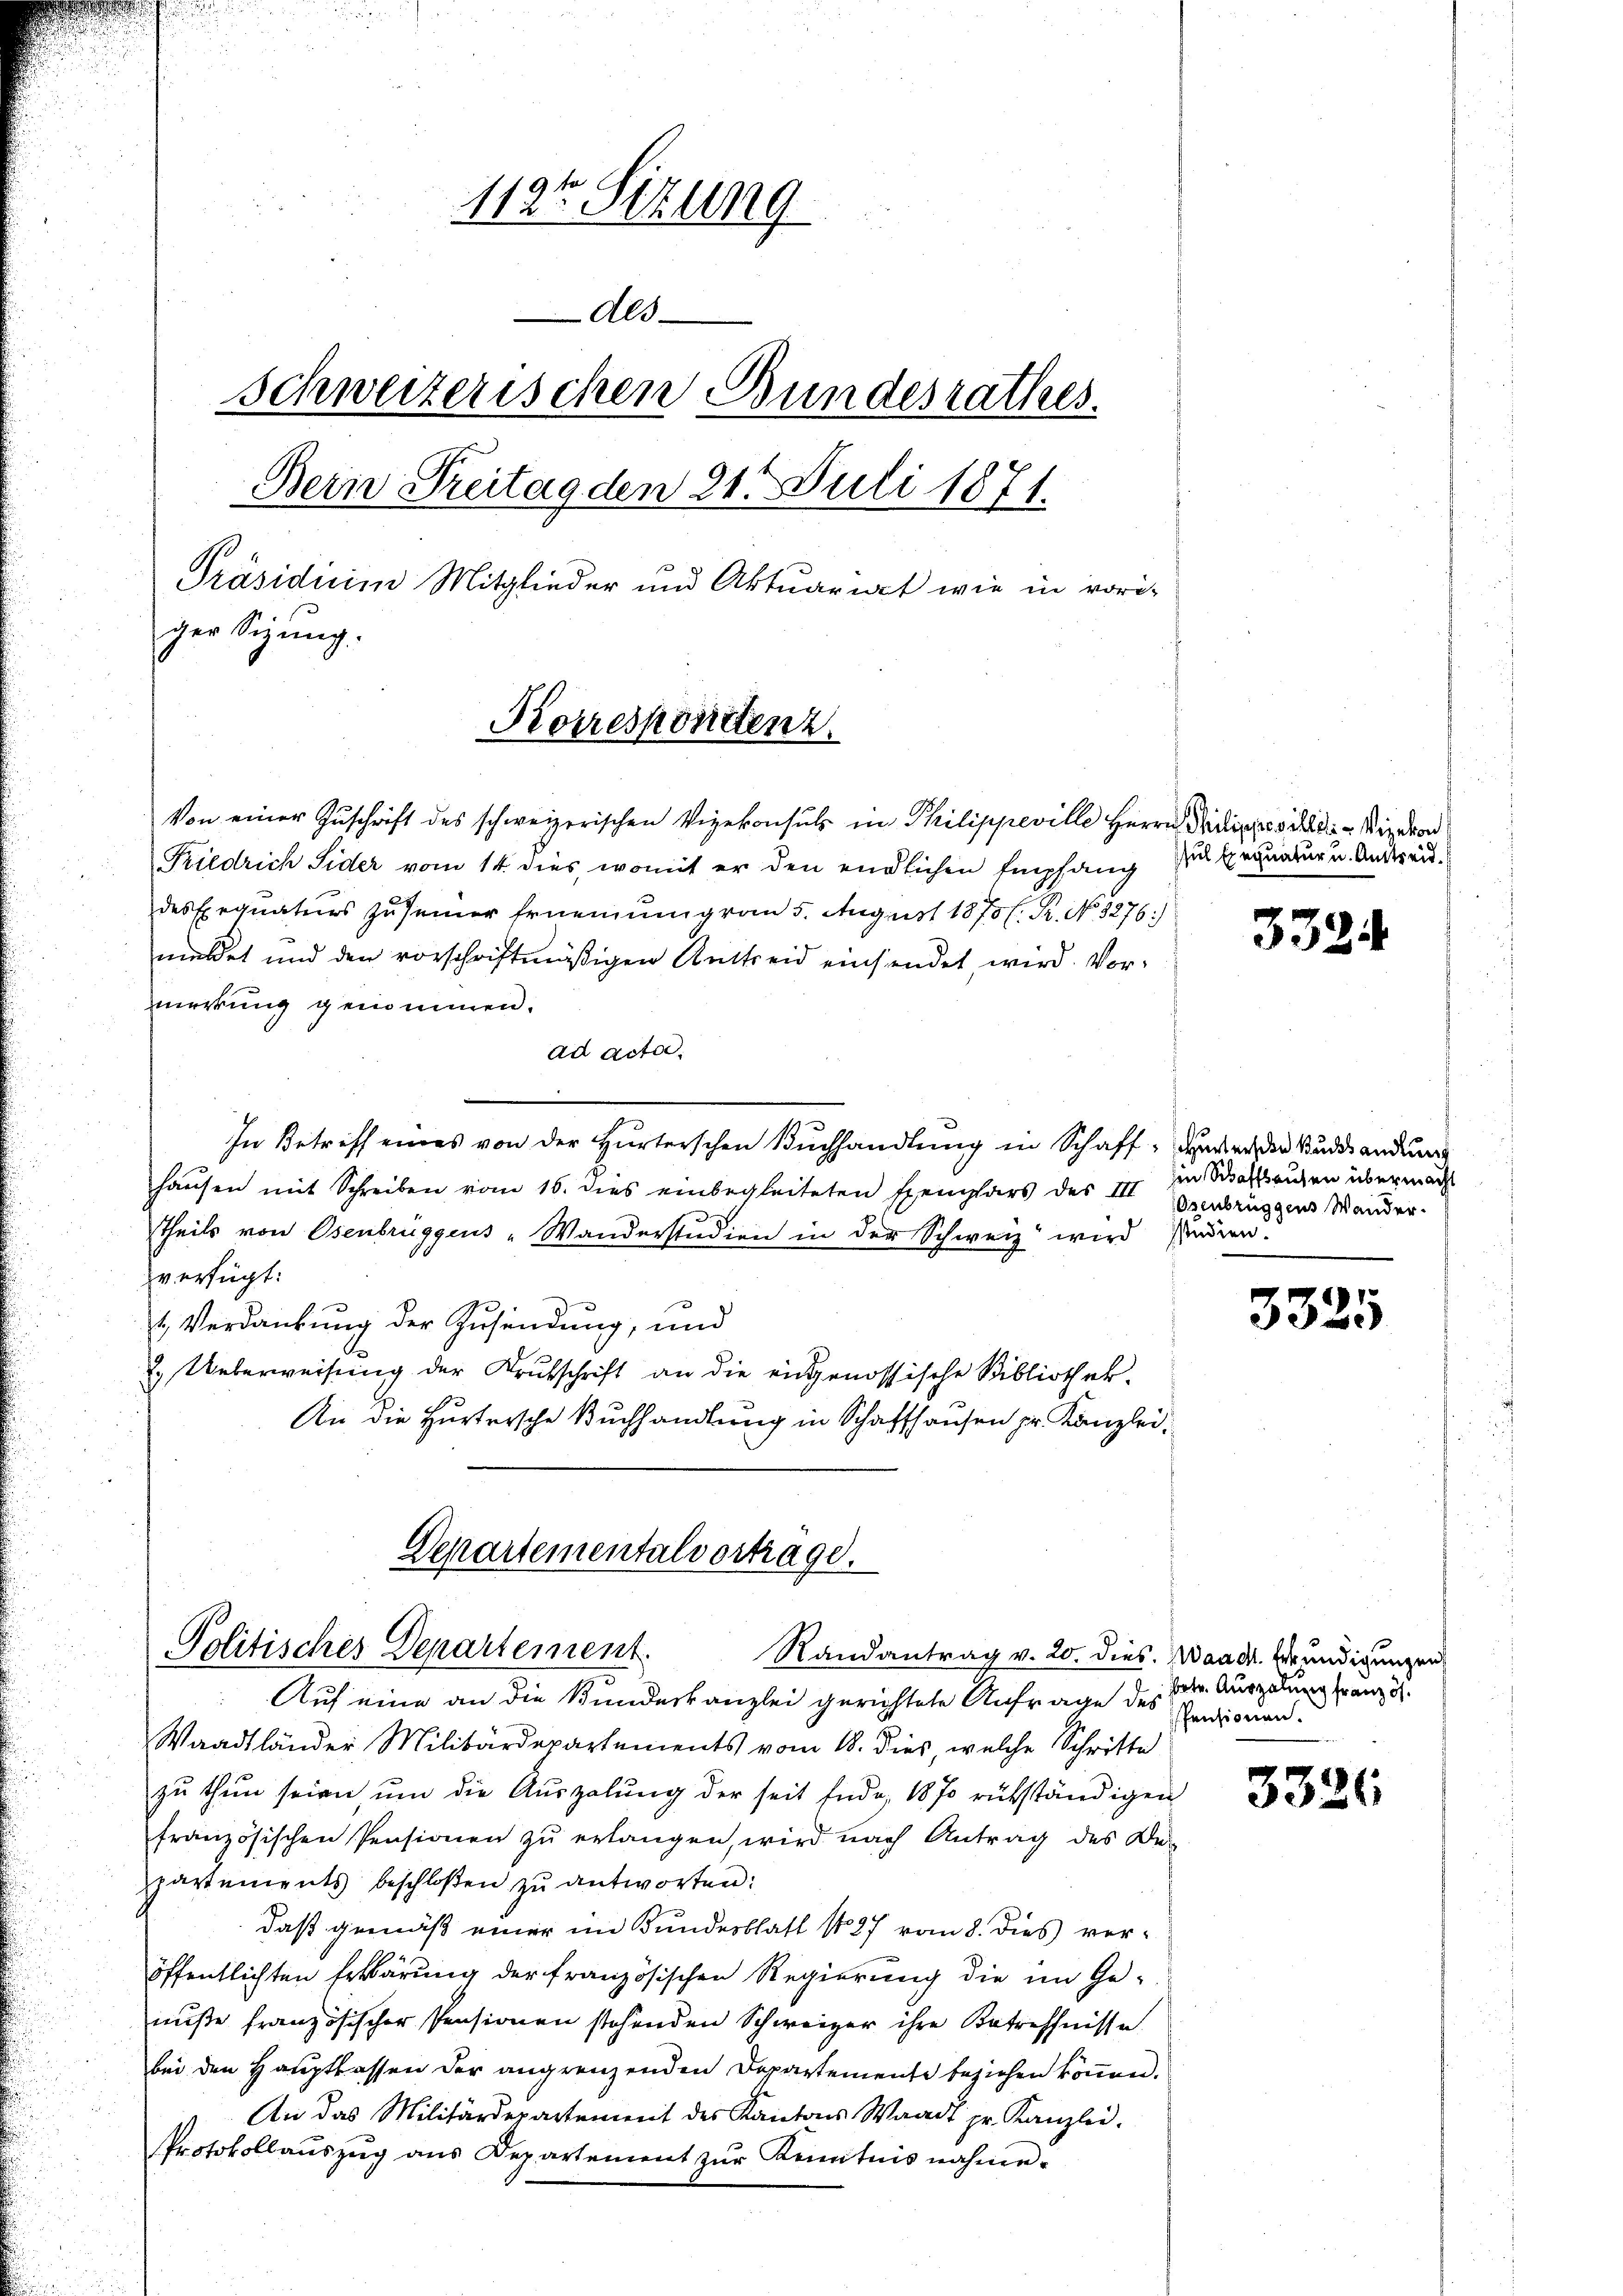
112ten Sizung
Als
Schweizerischen Bundesrathes.
Bern Freitag den 21. Juli 1871.
Präsidium Mitglieder und Aktuariat wie in voriger Sitzung.
Korrespondenz.

Von einer Zŭschrift des schweizerischen Vizekonsul in Philippeville Herrn Preiliches ist die Windon
Friedrich Sider vom 14. dies, womit er den endlichen Empfang zu Exequatur u. Anderen.
des Exequaturs zu seiner Ernennung vom 5. August 1870 l. R. No 1276)
meldet und den vorschriftmäßigen Anttreid einsendet, wird. Vormerkung genommen.
ad Acta.
In Betreff eines von der Hurterschen Buchhandlung in Schaff, der den Suddendung
haŭsen mit Schreiben vom 16. dies einbegleiteten Exempars des III in Scalausen übermacht
Theils von Osenbrüggens-Wanderstudien in der Schweiz wird sinden.
verfügt:
1 Verdankung der Zusendung, und
2. Ueberweisung der Krutschrift an die eingenössische Bibliothek.
An die Hurtersche Buchhandlung in Schaffhausen pr. Kanzlei-

Departementalvortrage.
Politisches Departement.
Randantrag v. 20. dies. Waadt. Erkundigungen

Auf eine an die Bundeskanzlei gerichtete Anfrage des Indicuen-
Waadtländer Militärdepartements vom 18. dies, welche Schritte
zu thun seien, um die Aŭszalung der seit Ende, 1870 rükständigen
französischen Pensionen zu erlangen, wird nach Antrag des Departements beschloßen zŭ antworten:
daß gemäß einer im Bundesblatt 127 vom 8. Dies voröffentlichten Erklärung der französischen Regierung die im Genuße französischer Pensionen stehenden Schweizer ihre Betreffnisse
bei den Hauptlassen der angrenzenden Departemente beziehen können.
An das Militärdepartement des Kantons Waadt pr. Kanzlei.
Protokollaŭszŭg ans Departement zŭr Kenntnis nahme.

3324

Osenbrüggens Wander.

3325

etr. Auszahlung französ.

3326